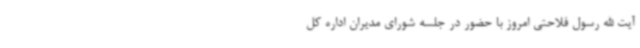
آیت الله رسول فلاحتی امروز با حضور در جلسه شورای مدیران اداره کل